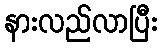
နားလည်လာပြီး